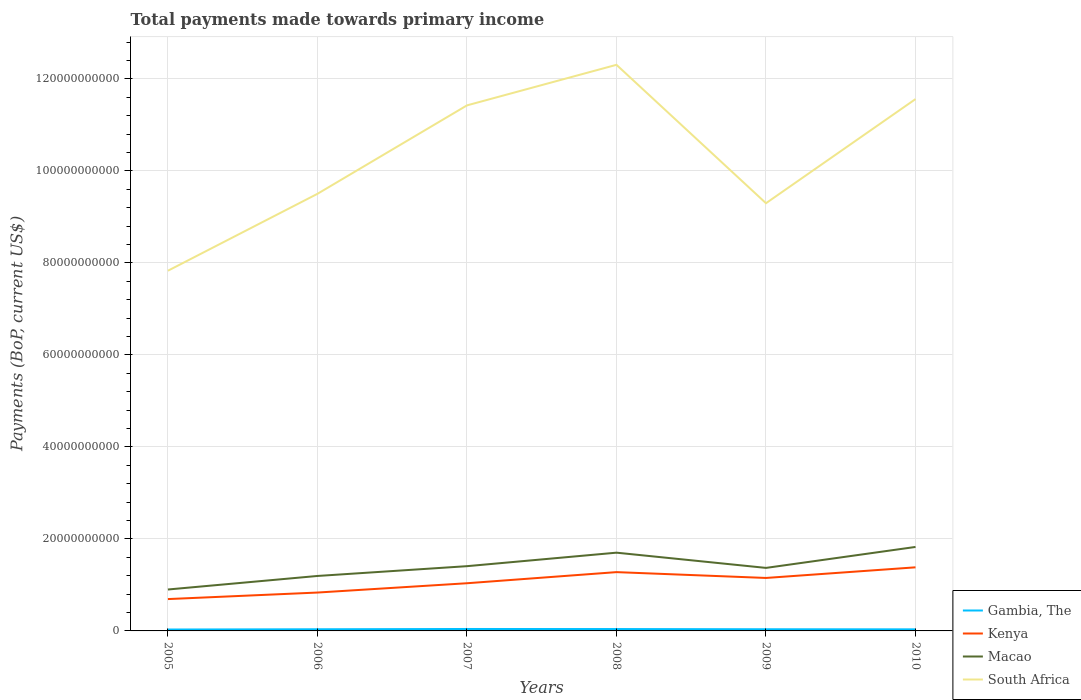
| Years | Gambia, The | Kenya | Macao | South Africa |
 | --- | --- | --- | --- | --- |
 | 2005 | 3.05e+08 | 6.92e+09 | 9e+09 | 7.83e+10 |
 | 2006 | 3.59e+08 | 8.34e+09 | 1.19e+10 | 9.5e+10 |
 | 2007 | 4.2e+08 | 1.04e+10 | 1.41e+10 | 1.14e+11 |
 | 2008 | 4.07e+08 | 1.28e+10 | 1.7e+10 | 1.23e+11 |
 | 2009 | 3.62e+08 | 1.15e+10 | 1.37e+10 | 9.3e+10 |
 | 2010 | 3.41e+08 | 1.38e+10 | 1.83e+10 | 1.16e+11 |